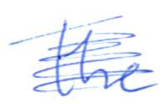
Text: the
Cross-out: mix
Writing tool: ballpoint